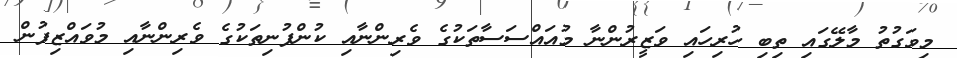
މިވަގުތު މާލޭގައި ތިބި ހުރިހައި ވަޒީރުންނާ މުއައްސަސާތަކުގެ ވެރިންނާއި ކުންފުނިތަކުގެ ވެރިންނާއި މުވައްޒިފުން